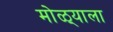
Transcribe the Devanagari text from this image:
मोळ्याला